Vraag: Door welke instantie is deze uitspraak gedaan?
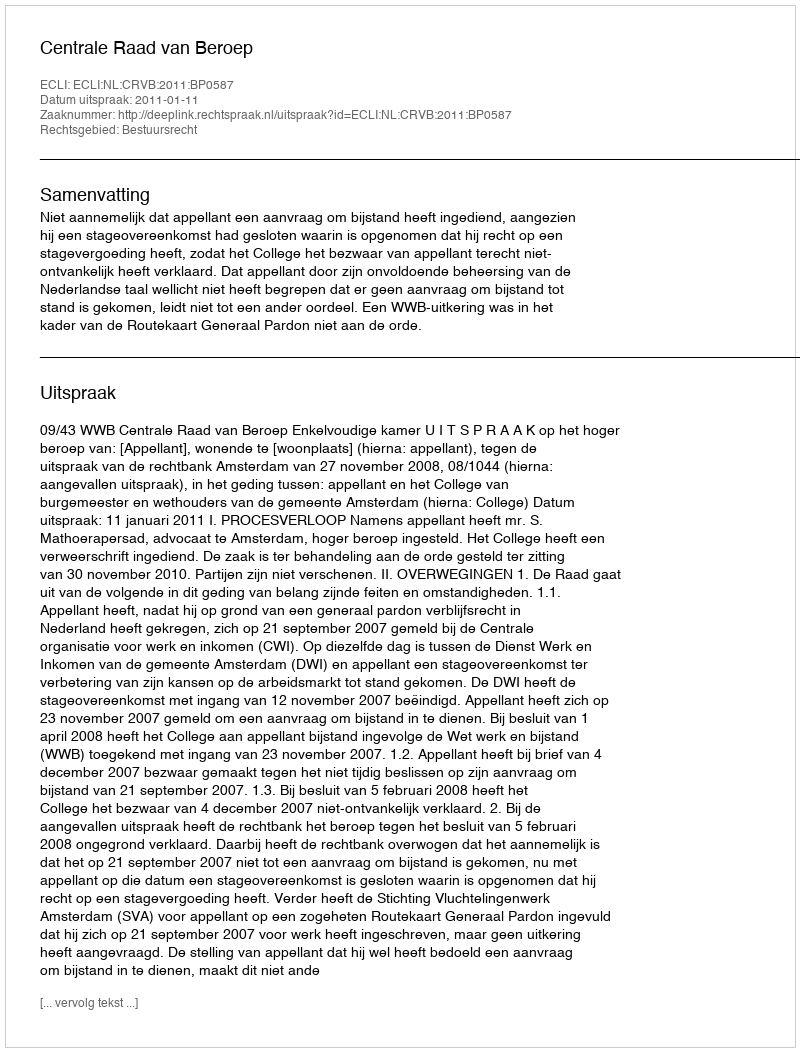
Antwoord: Centrale Raad van Beroep